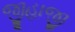
જીહાજી